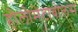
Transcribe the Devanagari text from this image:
होलोमेटाबोलस